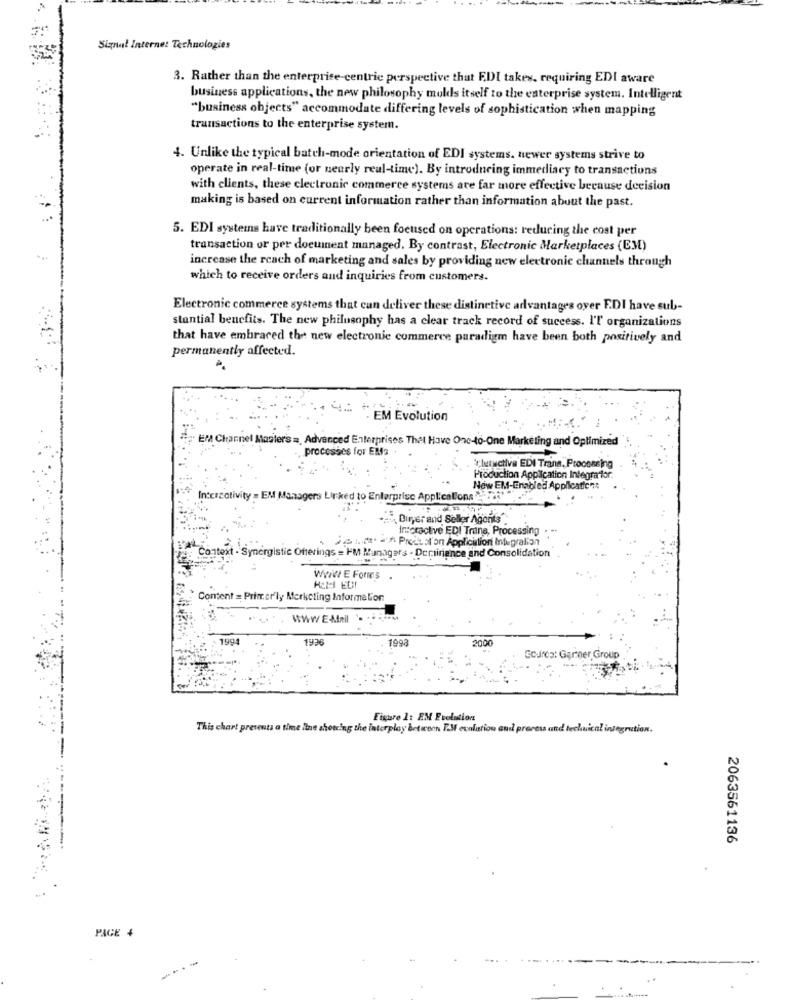
Signal Internet Technologies
3. Rather than the enterprise-centric perspective that EDI takes, requiring EDI aware
business applications, the new philosophy mulds itself to the enterprise system. Intelligent
"business objects" accommodate differing levels of sophistication when mapping
transactions to the enterprise system.
4. Unlike the typical batch-mode orientation of EDI systems. newer systems strive to
operate in real-time (or nearly real-time). By introducing immediacy to transactions
with clients, these clectronic commerce systems are far more effective because decision
making is based on current information rather than information about the past.
5. EDI systems have traditionally been focused on operations: reducing the cost per
transaction or per document managed. By contrast, Electronic Marketplaces (EM)
increase the reach of marketing and sales by providing new electronic channels through
which to receive orders and inquiries from customers.
Electronic commerce systems that can deliver these distinctive advantages over E.DI have sub-
stantial benefits. The new philosophy has a clear track record of success. I'T organizations
that have embraced the new electronic commerce paradigm have been both positively and
permanently affected.
EM Evolution
EM Channel Master's a, Advanced Enterprises That Have One-to-One Marketing and Optimized
processes for EMs
Ertetuctive EDI Trans, Processing
Production Application Integra for.
Now EM-Enabled Application&
Interactivity = EM Managers Linked to Enterprise Applications
"Dir,er and Seller Agonts".
Interactive EDI Trans, Processing
Sehr. ' Produsl'on Application Integration
Context - Synergistic Offerings = IM Managers . Demirance and Consolidation
WWWW E Forms
Content = Primar ly Merketing Information
WWW E-AfRil
1994
1936
1993
2000
GOJICS: Gartner Group
Fire 1: EM Evolution
This chart presenta a time itne shotcing the interplay between IM evolution and process and technical integrution.
2063561136
PAGE 4